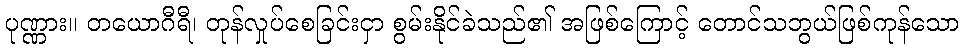
ပုဏ္ဏား။ တယောဂီရီ၊ တုန်လှုပ်စေခြင်းငှာ စွမ်းနိုင်ခဲသည်၏ အဖြစ်ကြောင့် တောင်သဘွယ်ဖြစ်ကုန်သော